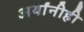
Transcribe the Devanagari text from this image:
अर्थांनीही